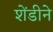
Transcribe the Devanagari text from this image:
शेंडीने